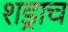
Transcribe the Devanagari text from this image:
शड्राच